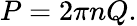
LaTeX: P=2\pi{n}Q.